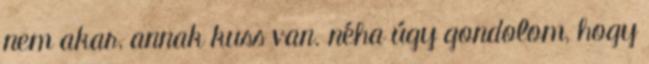
nem akar, annak kuss van. néha úgy gondolom, hogy